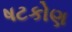
ષટકોણ